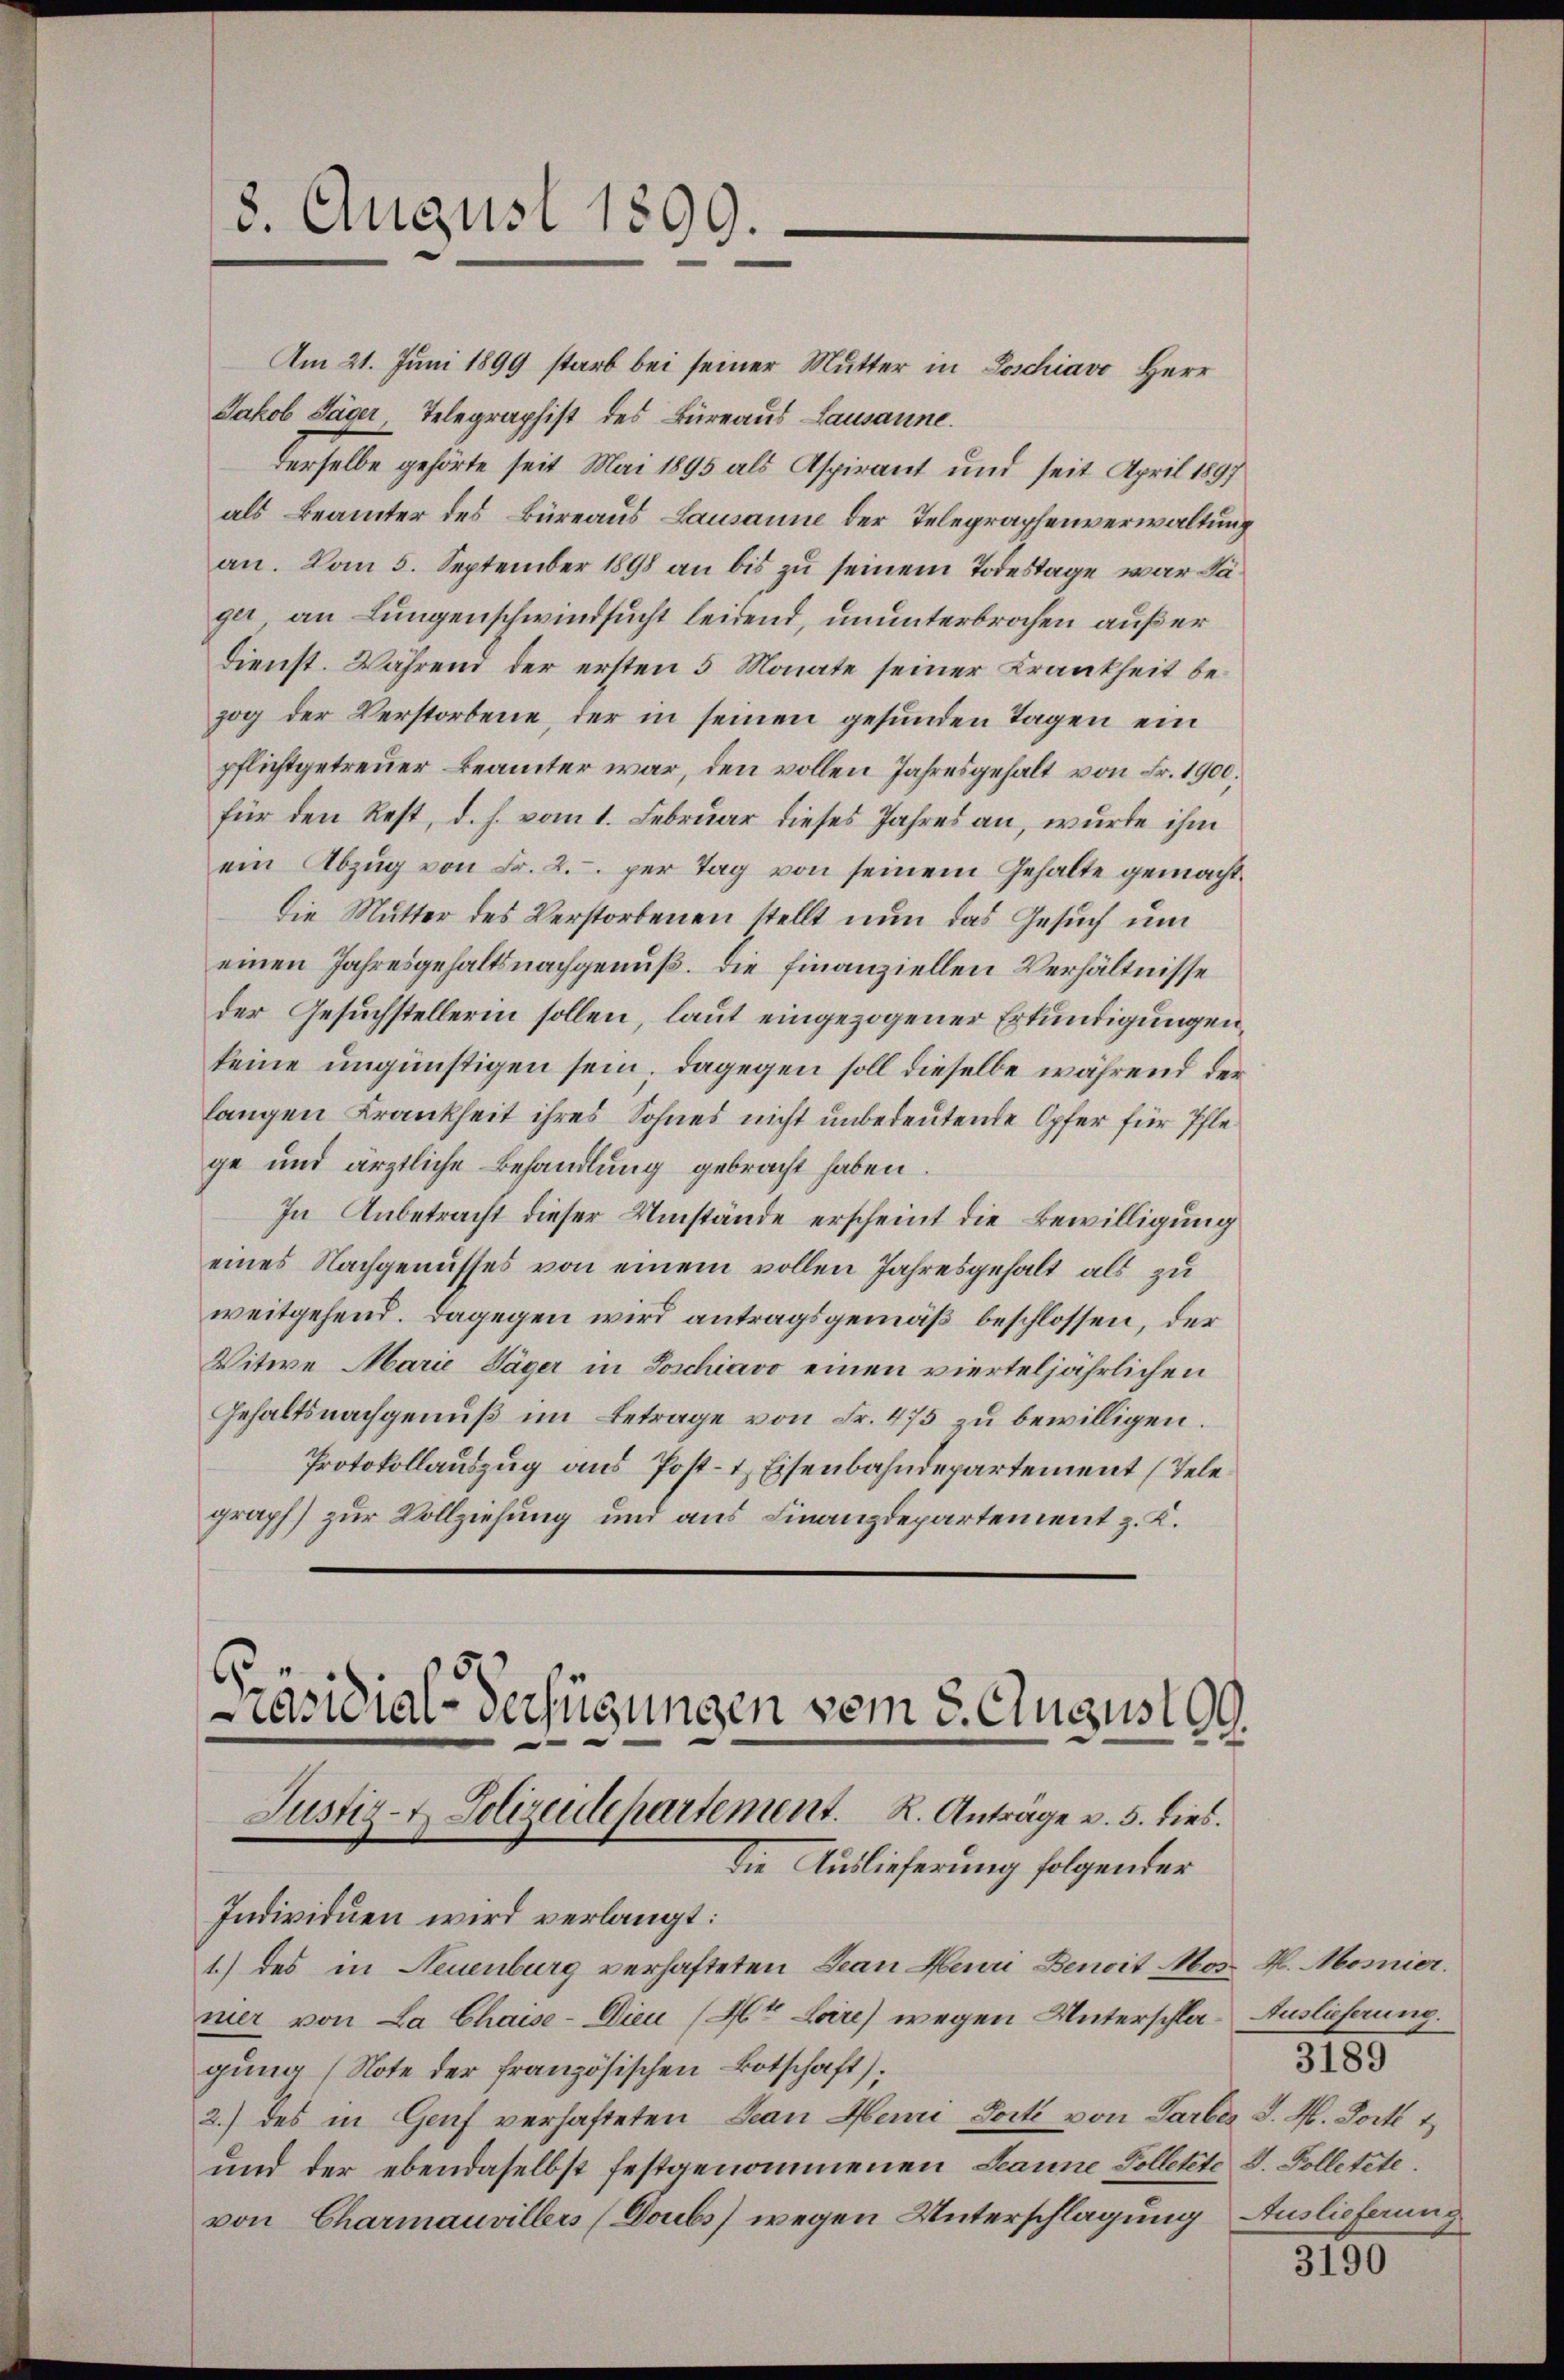
8. August 1899.

räsidial-Verfügungen vom 3. Augus 199.
Justiz- & Polizeidepartement. R. Antrage v. 5. dies.
Die Auslieferung folgender

Am 21. Juni 1899 starb bei seiner Mutter in Poschiavo, Herr
Jakob Jäger Telegraphist des Büreaus Lausanne.
derselbe gehörte seit Mai 1895 als Aspirant und seit April 1897
als Beamter des Büreaus Lausanne der Telegraphenverwaltung
an. Vom 5. September 1898 an bis zu seinem Todestage war Fäger an Lungenschwindsucht leidend, ununterbrochen außer
dienst. Während der ersten 5 Monate seiner Krankheit bezog der Verstorbene, der in seinen gesunden Tagen ein
pflichtgetreuer Beamter war, den vollen Jahresgehalt von Fr. 1900.
für den Rest, d. h. vom 1. Februar dieses Jahres an, wurde ihm
ein Abzug von Fr. 2. per Tag von seinem Gehalte gemacht
Die Mutter des Verstorbenen stellt nun das Gesuch um
einen Jahresgehaltsnachgenuß. Die finanziellen Verhältnisse
der Gesuchstellerin sollen, laut eingezogener Erkundigungen,
keine ungünstigen sein; dagegen soll dieselbe während der
langen Krankheit ihres Sohnes nicht unbedeutende Opfer für Pflege und ärztliche Behandlung gebracht haben.
In Anbetracht dieser Umstände erscheint die Bewilligung
eines Nachgenusses von einem vollen Jahresgehalt als zu
weitgehend. Dagegen wird antragsgemäß beschlossen, der
Witwe Marie Säger in Soschiavo einen vierteljährlichen
Gehaltsnachgenuß im Betrage von Fr. 475 zu bewilligen.
Protokollauszug aus Post- & Eisenbahndepartement (Tele
graph) zur Vollziehung und aus Finanzdepartement z. K.

Individuen wird verlangt:
1.) des in Neuenburg verhafteten Jean Heuri Benoit Mos. H. Mosnier.
mer von La Chaise-Dieu (Mt. Lore) wegen Unterschla-Auslieferung.
gung (Note der französischen Botschaft);
2.) des in Genf verhafteten Jean Hemi Porti von Farbes J. H. Dort t
und der ebendaselbst festgenommenen Jeanne Colletete V. Polletete.
von Charmauvillers (Doubs wegen Unterschlagung Auslieferung

3189

3190